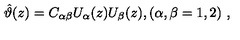
\hat { \vartheta } ( z ) = C _ { \alpha \beta } U _ { \alpha } ( z ) U _ { \beta } ( z ) , ( \alpha , \beta = 1 , 2 ) \ ,